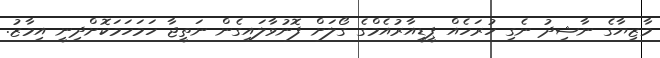
މާޒިޔާގެ ނާޝިދު ނެގި ހުރަހެއް ޕީޑީއާރުއެމްގެ ގޯލަށް ފޮނުވާލައިގެން ނަތީޖާ ހަމަހަމަކޮށްދިނީ އިމާޒު.